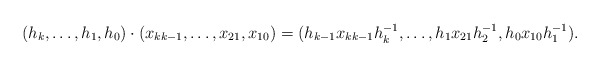
\begin{align*} (h_k, \ldots , h_1,h_0) \cdot (x_{kk-1}, \ldots, x_{21}, x_{10})=(h_{k-1} x_{kk-1} h_k^{-1}, \ldots ,h_1 x_{21} h_2^{-1}, h_0 x_{10} h_1^{-1} ).\end{align*}